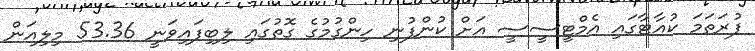
ފުރަތަމަ ކުއާޓާގައި އެމްޓީސީސީ އަށް ކުންފުނި ހިންގުމުގެ ގޮތުގައި ލިބިފައިވަނީ 53.36 މިލިއަން